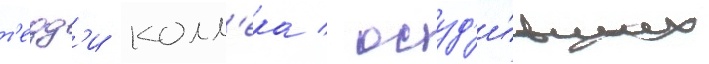
т'едд'и колл'ека / осуд'и́вших